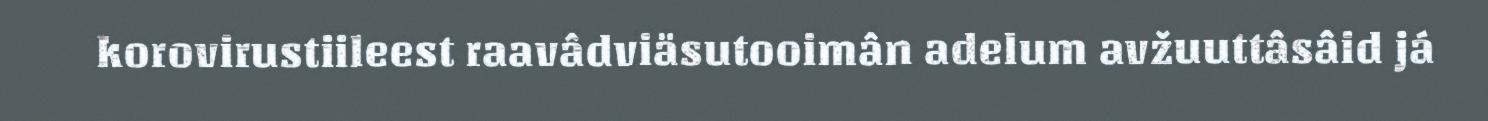
korovirustiileest raavâdviäsutooimân adelum avžuuttâsâid já